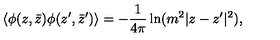
\langle \phi ( z , \bar { z } ) \phi ( z ^ { \prime } , \bar { z } ^ { \prime } ) \rangle = - { \frac { 1 } { 4 \pi } } \ln ( m ^ { 2 } | z - z ^ { \prime } | ^ { 2 } ) ,